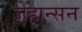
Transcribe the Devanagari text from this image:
जेहान्सन